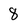
Character: 8